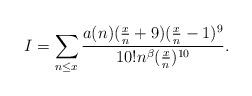
LaTeX: \begin{align*}I=\sum_{n \leq x} \frac{a(n)(\frac{x}{n}+9)(\frac{x}{n}-1)^9}{10! n^{\beta}(\frac{x}{n})^{10}}.\end{align*}